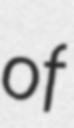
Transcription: of